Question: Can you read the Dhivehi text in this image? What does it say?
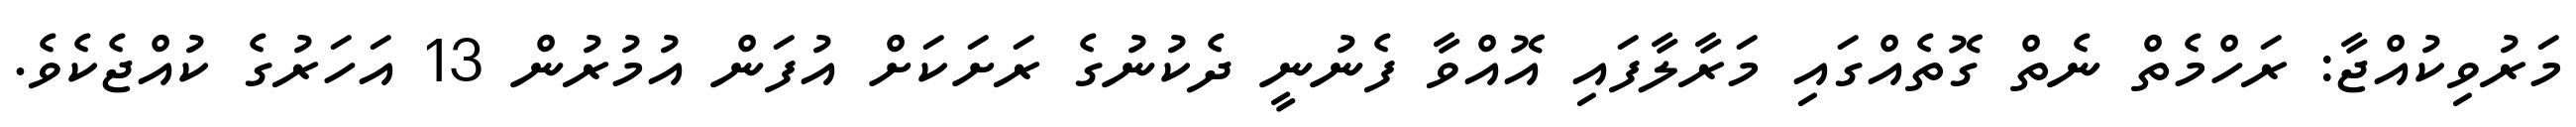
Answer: މަރުވިކުއްޖާ: ރަހްމެތް ނެތް ގޮތެއްގައި މަރާލާފައި އޮއްވާ ފެނުނީ ދެކުނުގެ ރަށަކަށް އުފަން އުމުރުން 13 އަހަރުގެ ކުއްޖެކެވެ.